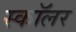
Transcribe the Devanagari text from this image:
स्काॅलर